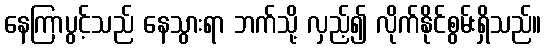
နေကြာပွင့်သည် နေသွားရာ ဘက်သို့ လှည့်၍ လိုက်နိုင်စွမ်းရှိသည်။